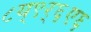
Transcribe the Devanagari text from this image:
८य्९र्६ए६